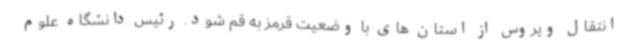
انتقال ویروس از استان های با وضعیت قرمز به قم شود. رئیس دانشگاه علوم